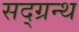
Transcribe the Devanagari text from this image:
सद्ग्रन्थ